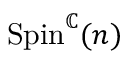
\mathrm { S p i n } ^ { \mathbb { C } } ( n )